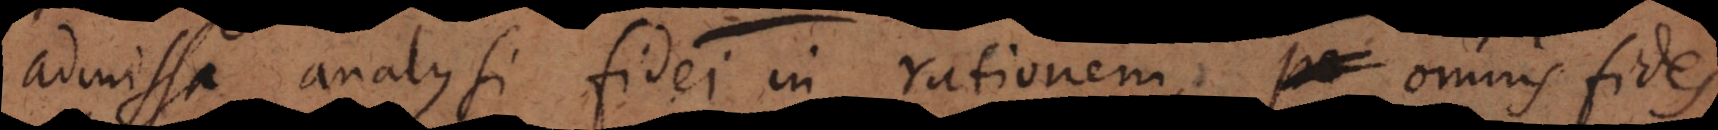
admissa analysi fidei in rationem, omnis fides